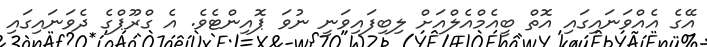
އޭގެ އެއްވަނައިގައި އޮތް ބީއެމްއެލްއަށް ލިބިފައިވަނީ ނުވަ ޕޮއިންޓެވެ. އެ ގްރޫޕްގެ ދެވަނައިގައި